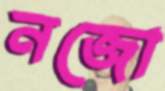
নজো